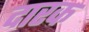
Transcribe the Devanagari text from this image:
दारक